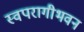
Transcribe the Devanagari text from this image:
स्वपरागीभवन